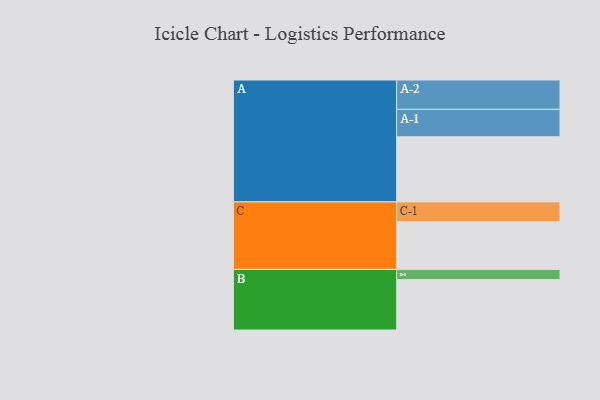
{"axis": {"x": "Segment", "y": "Value"}, "legend": ["", "A", "B", "C"], "data": [{"x": "A", "y": 566, "type": ""}, {"x": "B", "y": 438, "type": ""}, {"x": "C", "y": 414, "type": ""}, {"x": "A-1", "y": 239, "type": "A"}, {"x": "A-2", "y": 255, "type": "A"}, {"x": "B-1", "y": 89, "type": "B"}, {"x": "C-1", "y": 173, "type": "C"}]}